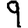
Digit: 9